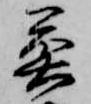
魚